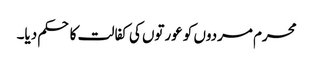
محرم مردوں کو عورتوں کی کفالت کا حکم دیا۔